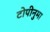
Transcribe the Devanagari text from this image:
टोपीनुमा